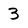
Character: 3